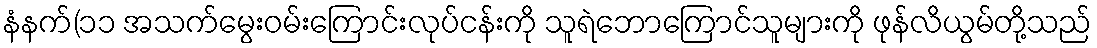
နံနက်(၁၁ အသက်မွေးဝမ်းကြောင်းလုပ်ငန်းကို သူရဲဘောကြောင်သူများကို ဖုန်လိယွမ်တို့သည်